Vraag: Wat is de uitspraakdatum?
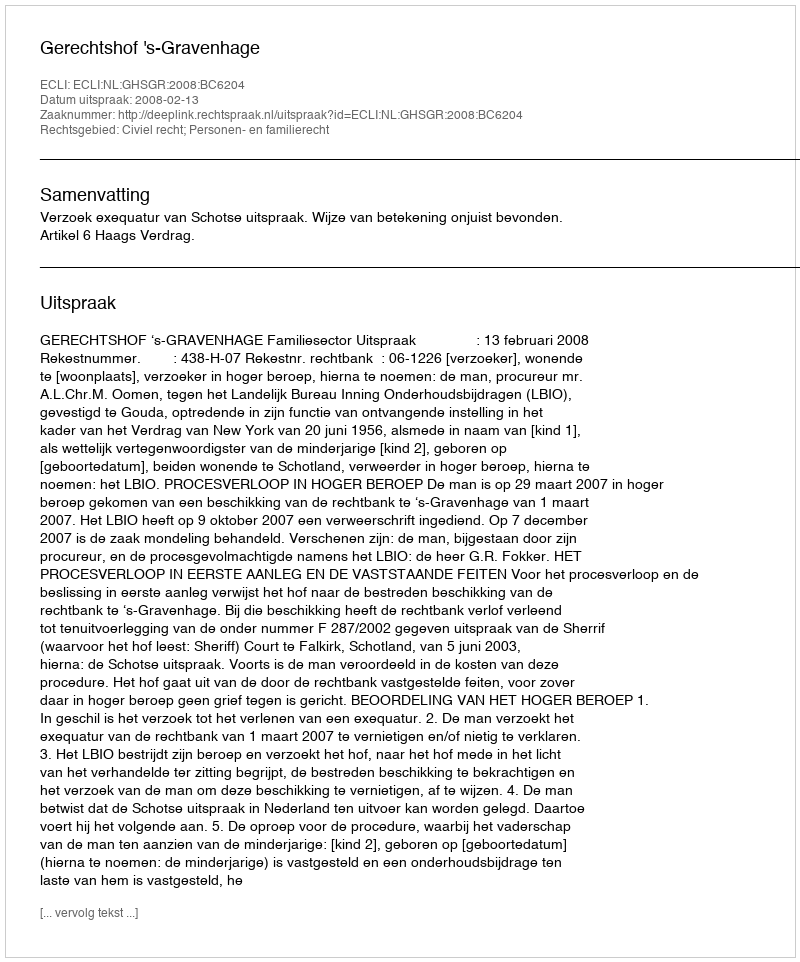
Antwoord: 2008-02-13